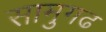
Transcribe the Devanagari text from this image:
सामुगढ